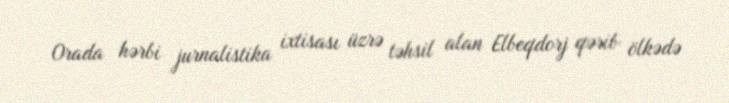
Orada hərbi jurnalistika ixtisası üzrə təhsil alan Elbeqdorj qərib ölkədə